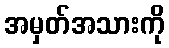
အမှတ်အသားကို